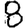
Digit: 8